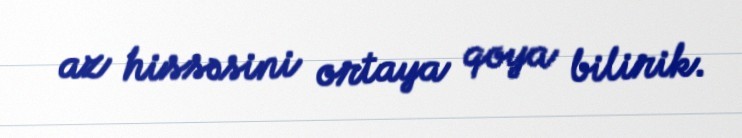
az hissəsini ortaya qoya bilirik.